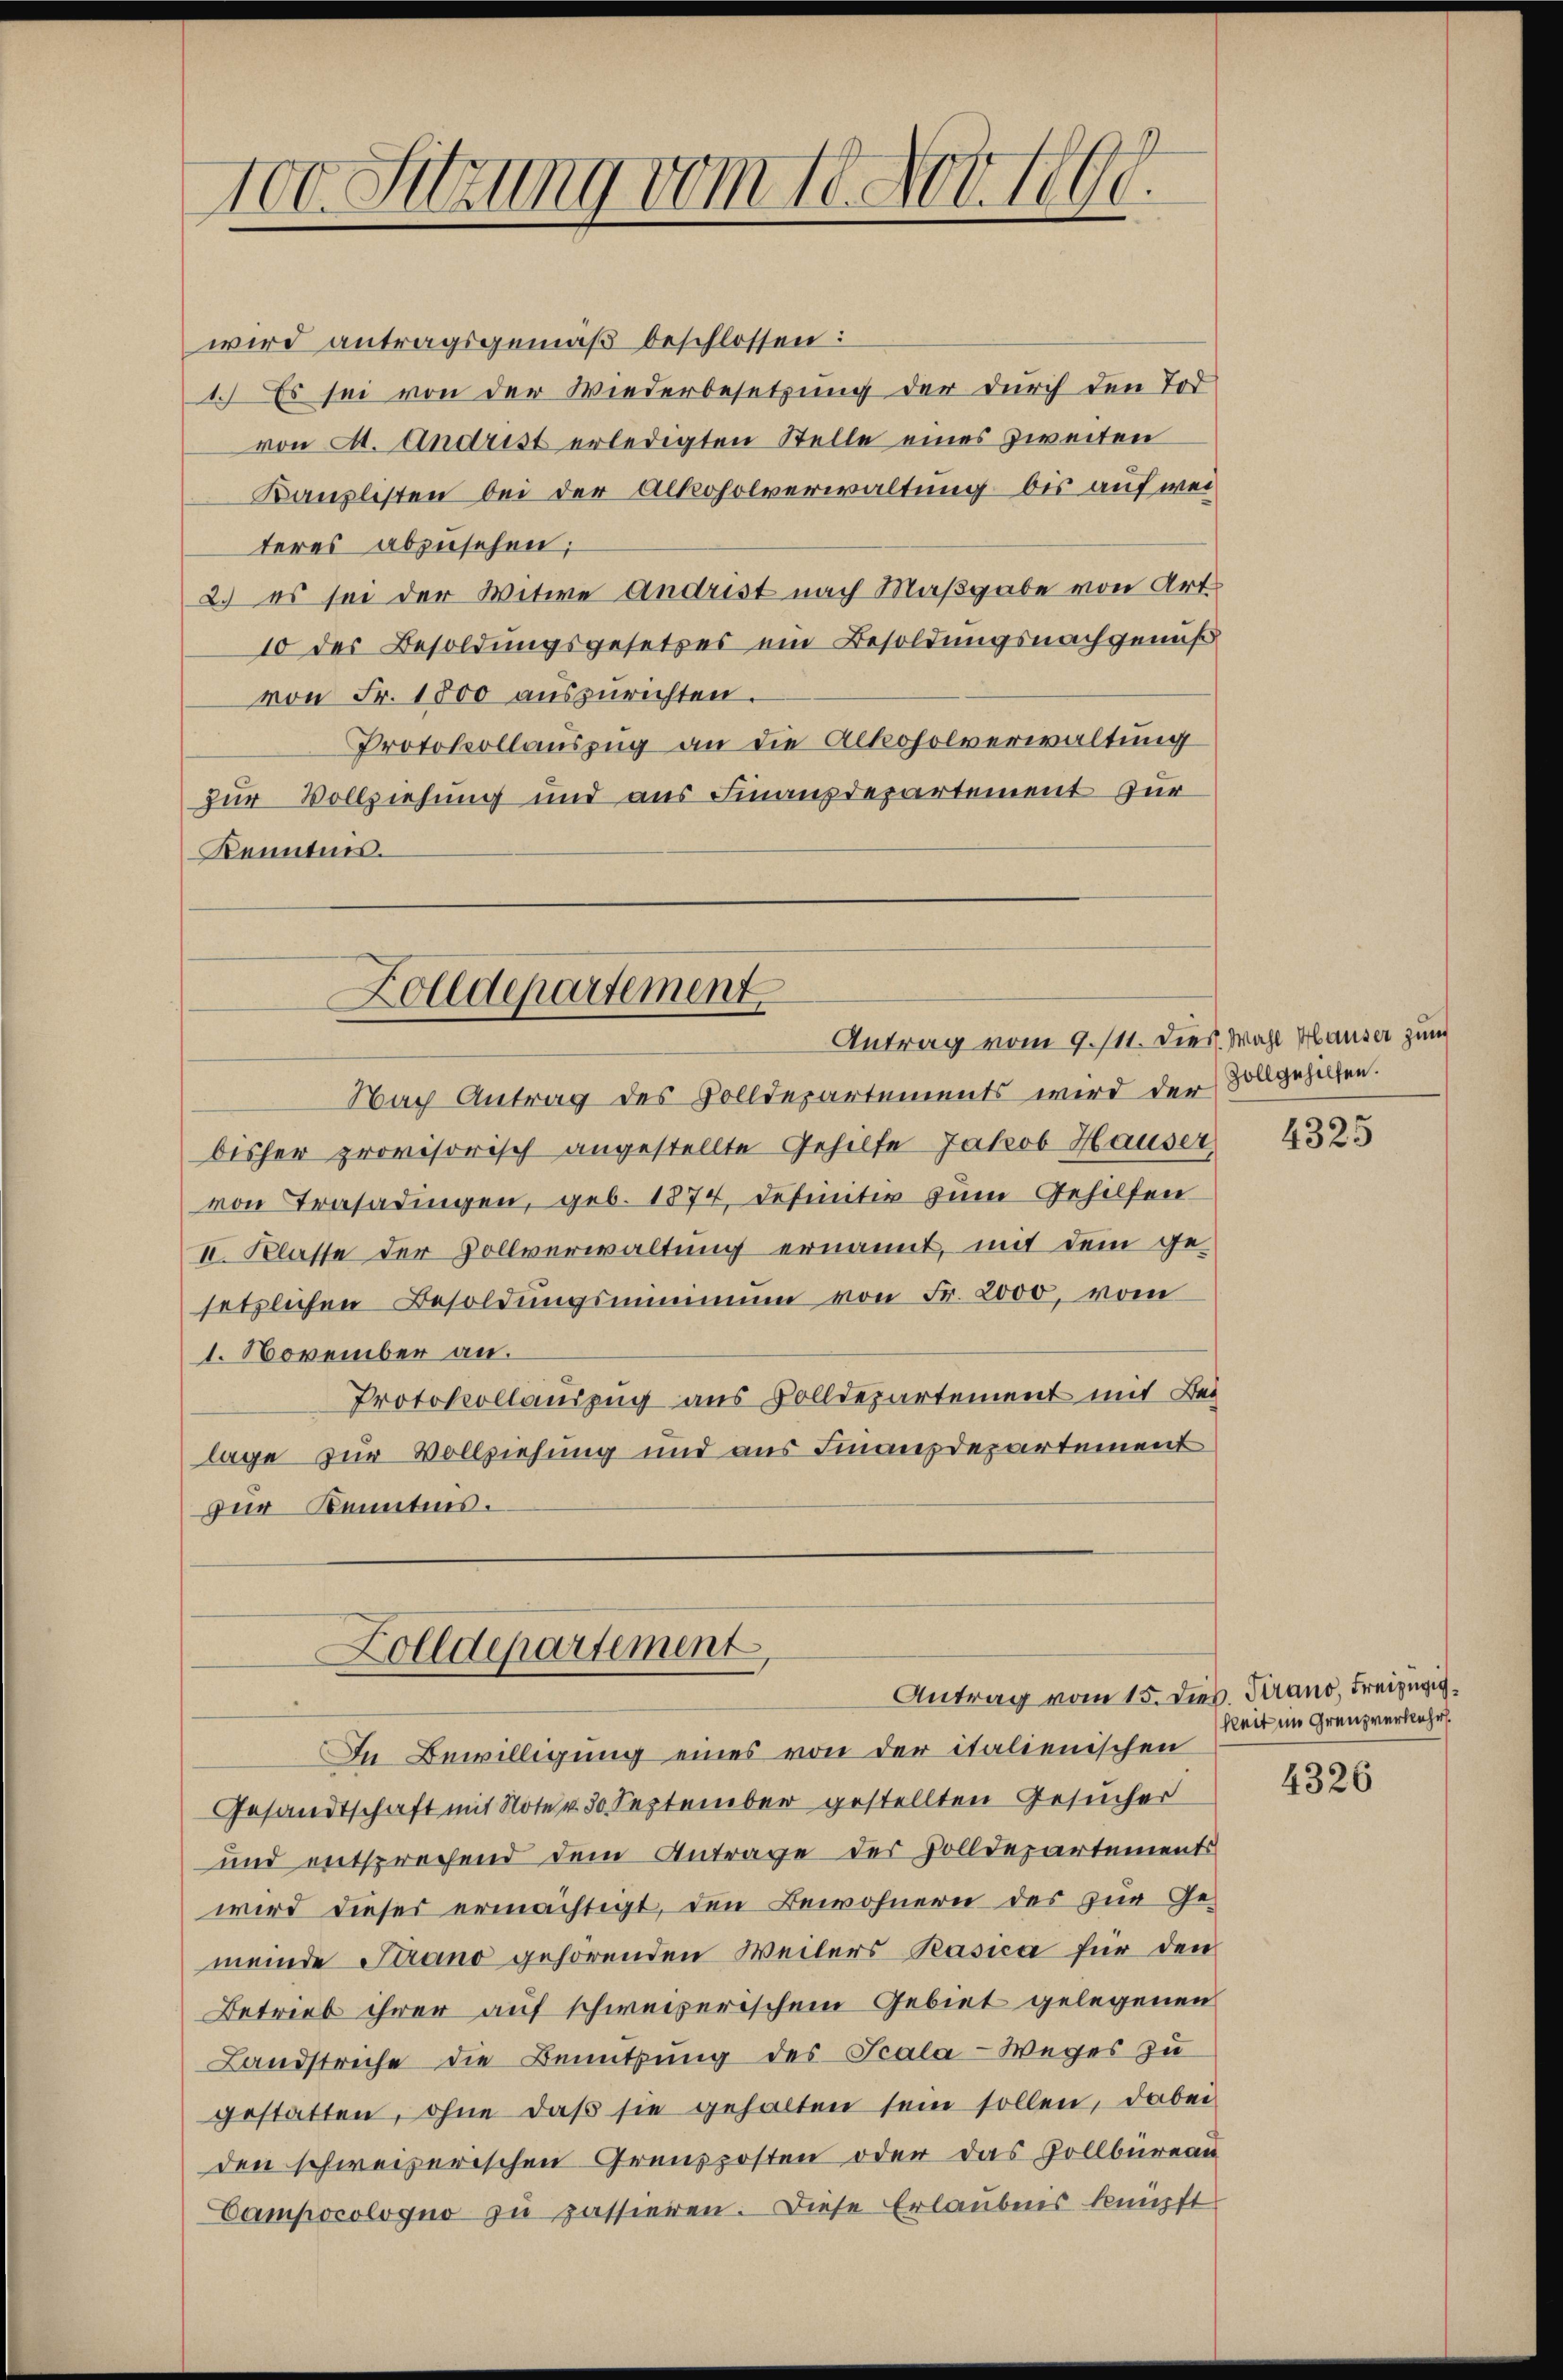
100. Sitzung vom 18. Nov. 1809.

wird antragsgemäß beschlossen:
1.) Es sei von der Wiederbesetzung der durch den Tod
von A. Andrist erledigten Stelle eines Zweiten
Kanzlisten bei der Alkoholverwaltung bis auf wei
teres abzusehen;
2.) es sei der Witwe Andrist nach Maßgabe von Art.
10 des Besoldungsgesetzes ein Besoldungsnachgenuß
von Fr. 1800 auszurichten.
Protokollauszug an die Alkoholverwaltung
zur Vollziehung und aus Finanzdepartement zur
Kenntnis.

Nach Antrag des Volldepartements wird der Zollgeholfen.
bisher provisorisch angestellte Gehilfe Jakob Hauser,
von Trasadingen, geb. 1874, definitiv zum Gehilfen
II. Klasse der Vollverwaltung ernannt, mit dem ge-
setzlichen Besoldŭngsminimum von Fr. 2000, vom
1. November an.
Protokollauszug aus Volldepartement mit Beg
lage zur Vollziehung und aus Finanzdepartement
zur Kenntnis.

Zolldepartement
Antrag vom 9. 111. Dies Wahl Hauser zum

Zolldepartement
Antrag vom 15. dies. Frano, Freizügig¬

In Bewilligung eines von der italienischen
Gesandtschaft mit Note v. 30 September gestellten Gesucher
und entsprechend dem Antrage des Zolldepartements
wird dieses ermächtigt, den Bewohnern des zur Gemeinde Strano gehörenden Weilers Pasica für den
Betrieb ihrer auf schweizerischem Gebiet gelegenen
Landstriche die Benutzung des Scala-Weges zu
gestatten, ohne daβ sie gehalten sein sollen, dabei
den schweizerischen Grenzposten oder das Zollbüreau
Campocologno zu passieren. Diese Erlaubnis knüpft

4325

keit im Grenzverkehr.

4326